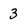
Character: 3